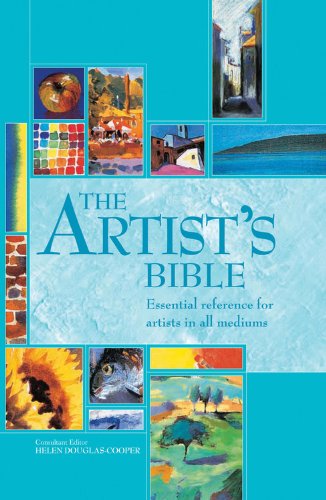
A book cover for The Artist's Bible: Essential Reference for Artists in All Mediums (Artist's Bibles); Arts & Photography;